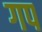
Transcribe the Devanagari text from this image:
गप